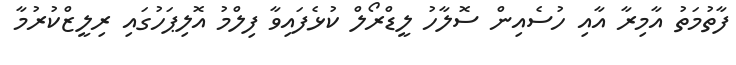
ފާތުމަތު އާމިރާ އާއި ހުސެއިން ސޮލާހު ލީޑްރޯލް ކުޅެފައިވާ ފިލްމު އޮލިޕަހުގައި ރިލީޒްކުރުމާ